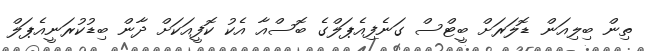
ތިން ބިލިއަން ޑޮލަރަށް ބީޓްސް ގަނެފިއެޕަލްގެ ބޮސްއާ އެކު ކޮފީއަކަށް ދާން ބިޑުކުރަނީއެޕަލް